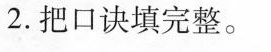
2.把口诀填完整。